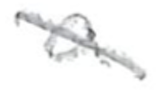
Text: a
Cross-out: diagonal
Writing tool: pencil